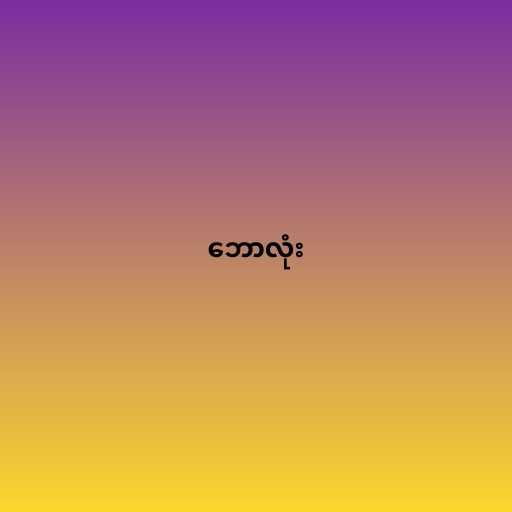
ဘောလုံး